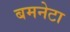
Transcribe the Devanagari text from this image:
बमनेटा